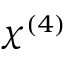
\chi ^ { ( 4 ) }